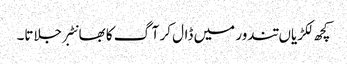
کچھ لکڑیاں تندور میں ڈال کر آگ کا بھانٹبر جلاتا۔